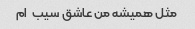
مثل همیشه من عاشق سیب  ام